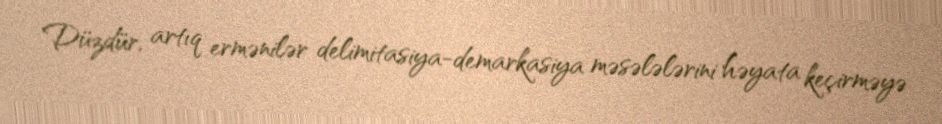
Düzdür, artıq ermənilər delimitasiya-demarkasiya məsələlərini həyata keçirməyə